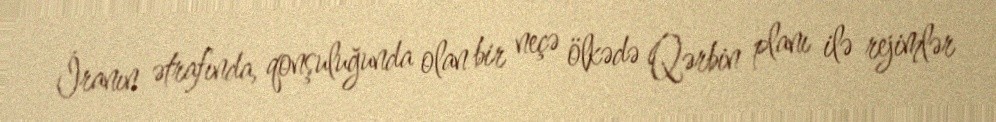
İranın ətrafında, qonşuluğunda olan bir neçə ölkədə Qərbin planı ilə rejimlər